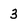
Character: 3